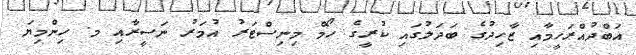
އަބްދުއްރަހީމާއި ޒާހިދުގެ ބަދަލުގައި ކުރީގެ ހޯމް މިނިސްޓަރު އުމަރު ނަސީރާއި މ. ހިންމިޔަ